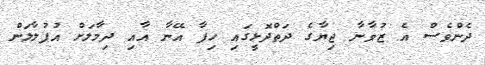
ދެންވެސް އެ ޒުވާނާ ޖިޔާގެ ދަތްދޮޅީގައި ހިފާ އޭނާ އާއި ދިމާލަށް އުފުލާލަން